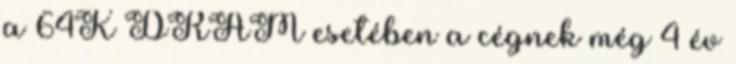
a 64K DRAM esetében a cégnek még 4 év